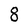
Character: 8